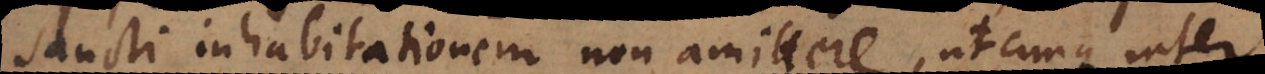
Sancti inhabitationem non amittere, utcunque inter